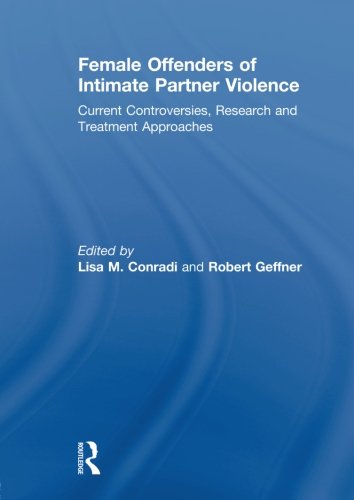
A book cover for Female Offenders of Intimate Partner Violence: Current Controversies, Research and Treatment Approaches; Parenting & Relationships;